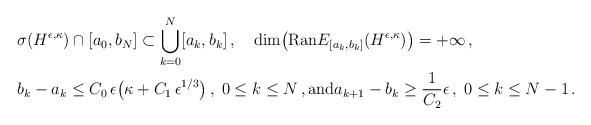
LaTeX: \begin{align*}&\sigma(H^{\epsilon,\kappa})\cap \left [a_0,b_N\right ]\subset \bigcup_{k=0}^N [a_k,b_k]\,,\quad{\rm dim}\big({\rm Ran} E_{[a_k,b_k]}(H^{\epsilon,\kappa}) \big )= + \infty\,, \\& b_k-a_k\leq C_0 \,\epsilon\big(\kappa + C_1\, \epsilon^{1/3}\big)\, , \; 0\leq k\leq N\,,{\rm and} a_{k+1}-b_k\geq\frac{1}{C_2} \epsilon \, ,\; 0\leq k\leq N-1\,.\end{align*}